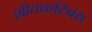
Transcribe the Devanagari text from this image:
शीतकटिबंध